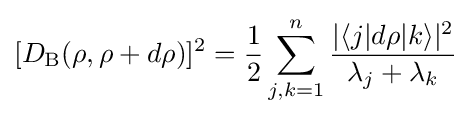
[D_{\text{B}}(\rho ,\rho +d\rho )]^{2}={\frac {1}{2}}\sum _{j,k=1}^{n}{\frac {|\langle j|d\rho |k\rangle |^{2}}{\lambda _{j}+\lambda _{k}}}